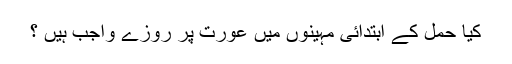
کیا حمل کے ابتدائی مہینوں میں عورت پر روزے واجب ہیں ؟